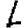
Digit: 1